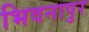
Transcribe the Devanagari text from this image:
भिवनापुर